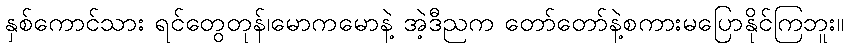
နှစ်ကောင်သား ရင်တွေတုန်၊မောကမောနဲ့ အဲ့ဒီညက တော်တော်နဲ့စကားမပြောနိုင်ကြဘူး။